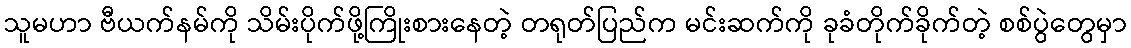
သူမဟာ ဗီယက်နမ်ကို သိမ်းပိုက်ဖို့ကြိုးစားနေတဲ့ တရုတ်ပြည်က မင်းဆက်ကို ခုခံတိုက်ခိုက်တဲ့ စစ်ပွဲတွေမှာ